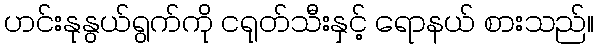
ဟင်းနုနွယ်ရွက်ကို ငရုတ်သီးနှင့် ရောနယ် စားသည်။